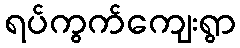
ရပ်ကွက်ကျေးရွာ